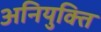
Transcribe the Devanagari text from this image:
अनियुक्ति